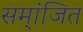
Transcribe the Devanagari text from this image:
सम्ांजित